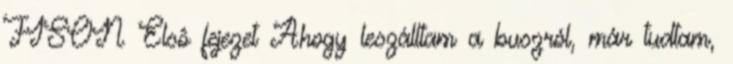
FISON Elsô fejezet Ahogy leszálltam a buszról, már tudtam,